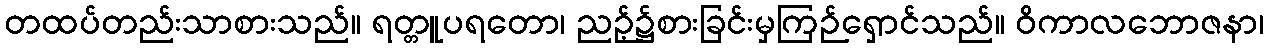
တထပ်တည်းသာစားသည်။ ရတ္တူပရတော၊ ညဉ့်၌စားခြင်းမှကြဉ်ရှောင်သည်။ ဝိကာလဘောဇနာ၊